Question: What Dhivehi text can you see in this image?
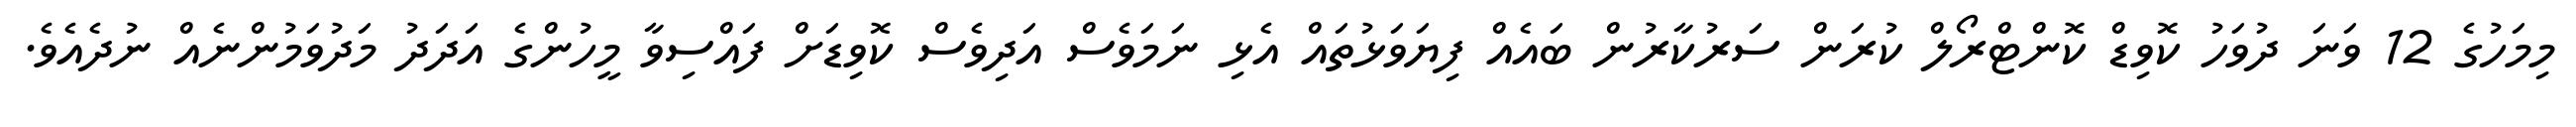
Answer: މިމަހުގެ 12 ވަނަ ދުވަހު ކޮވިޑް ކޮންޓްރޯލް ކުރަން ސަރުކާރުން ބައެއް ފިޔަވަޅުތައް އެޅި ނަމަވެސް އަދިވެސް ކޮވިޑަށް ފައްސިވާ މީހުންގެ އަދަދު މަދުވަމުންނެއް ނުދެއެވެ.